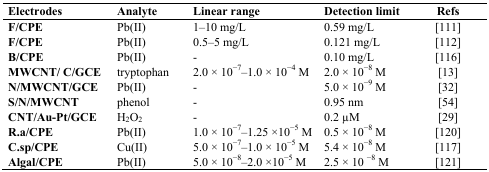
<table><thead><tr><td><b>Electrodes</b></td><td><b>Analyte</b></td><td><b>Linear range</b></td><td><b>Detection limit</b></td><td><b>Refs</b></td></tr></thead><tbody><tr><td><b>F/CPE</b></td><td>Pb(II)</td><td>1–10 mg/L</td><td>0.59 mg/L</td><td>[111]</td></tr><tr><td><b>F/CPE</b></td><td>Pb(II)</td><td>0.5–5 mg/L</td><td>0.121 mg/L</td><td>[112]</td></tr><tr><td><b>B/CPE</b></td><td>Pb(II)</td><td>-</td><td>0.10 mg/L</td><td>[116]</td></tr><tr><td><b>MWCNT/ C/GCE</b></td><td>tryptophan</td><td>2.0 × 10<sup>−7</sup>–1.0 × 10<sup>−4</sup> M</td><td>2.0 × 10<sup>−8</sup> M</td><td>[13]</td></tr><tr><td><b>N/MWCNT/GCE</b></td><td>Pb(II)</td><td>-</td><td>5.0 × 10<sup>−9</sup> M</td><td>[32]</td></tr><tr><td><b>S/N/MWCNT</b></td><td>phenol</td><td>-</td><td>0.95 nm</td><td>[54]</td></tr><tr><td><b>CNT/Au-Pt/GCE</b></td><td>H<sub>2</sub>O<sub>2</sub></td><td>-</td><td>0.2 μM</td><td>[29]</td></tr><tr><td><b>R.a/CPE</b></td><td>Pb(II)</td><td>1.0 × 10<sup>−7</sup>–1.25 ×10<sup>−5</sup> M</td><td>0.5 × 10<sup>−8</sup> M</td><td>[120]</td></tr><tr><td><b>C.sp/CPE</b></td><td>Cu(II)</td><td>5.0 × 10<sup>−7</sup>–1.0 × 10<sup>−5</sup> M</td><td>5.4 × 10<sup>−8</sup> M</td><td>[117]</td></tr><tr><td><b>Algal/CPE</b></td><td>Pb(II)</td><td>5.0 × 10<sup>−8</sup>–2.0 ×10<sup>−5</sup> M</td><td>2.5 × 10 <sup>−8</sup> M</td><td>[121]</td></tr></tbody></table>